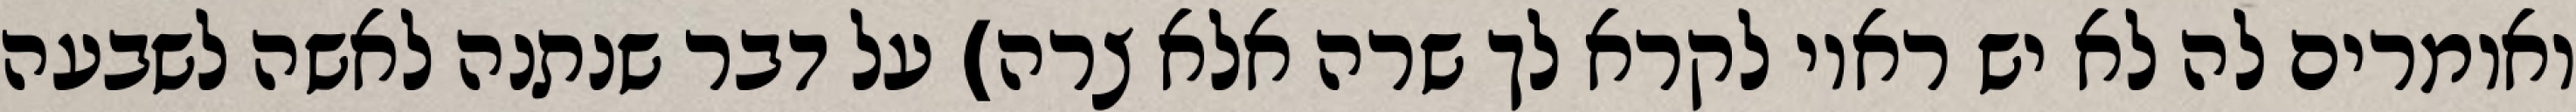
ואומרים לה לא יש ראוי לקרא לך שרה אלא צרה) על דבר שנתנה לאשה לשבעה